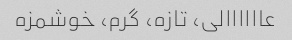
عاااااالى، تازه، گرم، خوشمزه